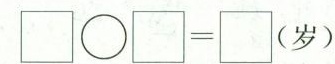
\Box \bigcirc \Box =\Box